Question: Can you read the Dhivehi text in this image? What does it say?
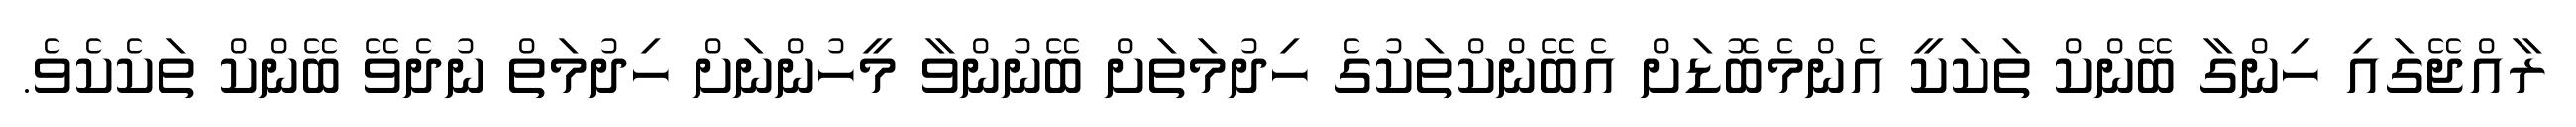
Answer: ރާއްޖޭގައި ހިންގާ ބޭންކް ތަކަކީ އެންމެބޮޑަށް އެބޭންކްތަކުގެ ހިދުމަތަށް ބޭނުންވާ މީހުންނަށް ހިދުމަތް ނުދެވޭ ބޭންކް ތަކެކެވެ.